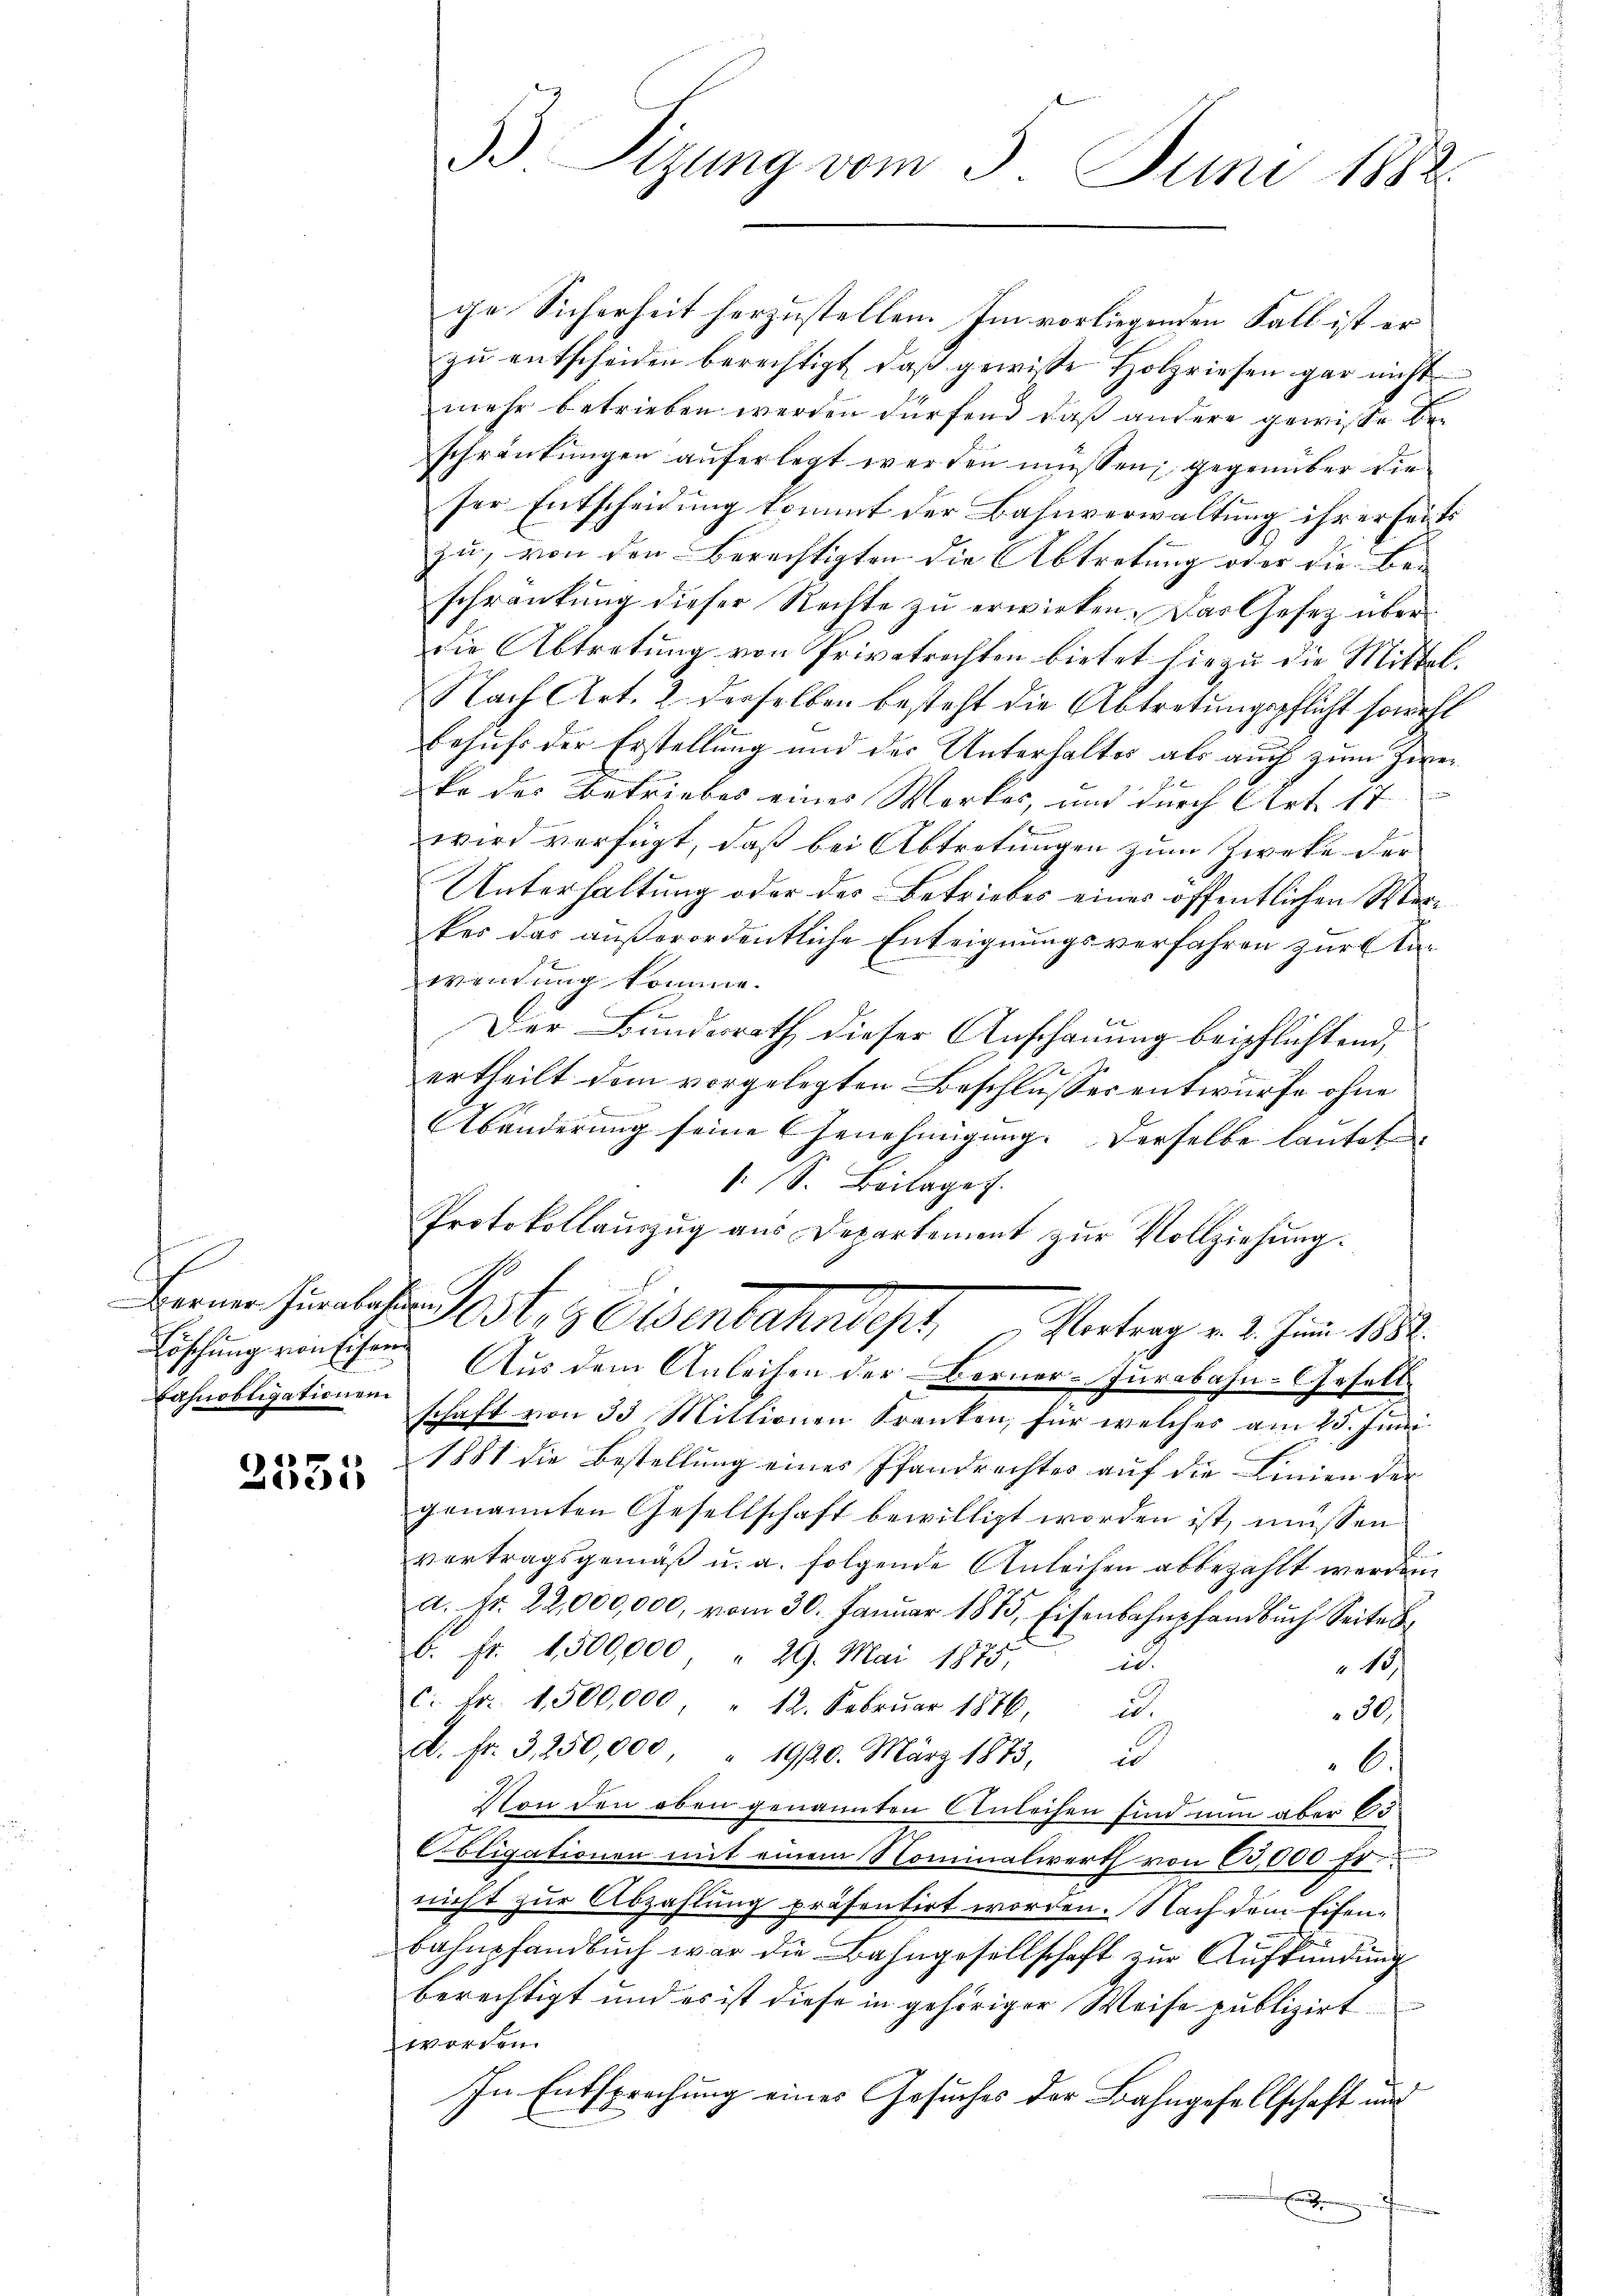
Löschung von schen
Bahnobligationen

1
ei

ge Sicherheit herzustellen. Im vorliegenden Fall ist er
zŭ entscheiden berechtigt, daβ gewisse Holzriesen gar nicht
mehr betrieben werden dürfend, daß andere gewisse beschränkungen auferlegt werden müssen, gegenüber die
ser Entscheidung kommt der Bahnverwaltung ihrerseits
zu, von den Berechtigten die Abtretung oder die Be-
schränkung dieser Rechte zu erwirken. Das Gesetz über
die Abtretung von Privatrechten bietet hiezu die Mittel.
Nach Art. 2 derselben besteht die Abtretungspflicht sowohl
Behufs der Erstellung und der Unterhaltes als auch zum Zieko des Betriebes einer Werkes, und durch Art. 17
wird verfügt, daß bei Abtretungen zum Zwecke der
Unterhaltung oder des Betriebes eines öffentlichen Werkes das außerordentliche Enteignungsverfahren zur Tawendung komme.
Der Bundesrath dieser Anschauung beipflichtend,
ertheilt dem vorgelegten Beschlusses entwurfe ohne
Abänderung seine Genehmigung. Derselbe lautet
: S. Beilage.
Protokollauszug aus Departement zur Vollziehung.
Bann hinlasst, 3 Eisenbahnder Vertrag v. 2. Jun. 1832.
Aus dem Anleihen der Berner-Jurabahn-Gesell
schaft von 33 Mittionen Kranken, für welches am 25. Juni.
1881 die Bestellung eines Pfandrechtes auf die Linien der
genannten Gesellschaft bewilligt worden ist, müssen
.
vertragsgemäß u. a. folgende Anleihen abbezahlt werden.
a. Fr. 22,000,000, vom 30. Januar 1875, Eisenbahnpfandbuch Seites
b. fr. 1500,000 " 29. Mai 1875. 2
13
C. Fr. 1500,000, " 12. Februar 1876,
i
30
d. fr. 3,250,000, " 1920. März 1873, 2
bis
Von den oben genannten Anleihen sind nun aber 60
bligationen mit einem Nominalwerth von 60,000 fr
nicht zur Abzahlung präsentirt worden. Nach dem Eisen¬
Bahnpfandbuch war die Bahngesellschaft zur Aufkündung
berechtigt und es ist diese in gehöriger Weise publizirt
worden.
In Entsprechung eines Gesuches der Bahngesellschaft und
E
f

5.) Sizung vom 3. Juni 1882